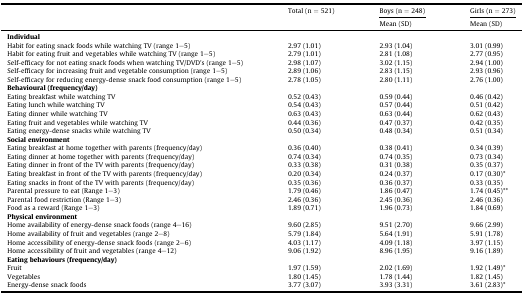
<table><thead><tr><td rowspan="2"></td><td rowspan="2"><b>Total (n = 521)</b></td><td><b>Boys (n = 248)</b></td><td><b>Girls (n = 273)</b></td></tr><tr><td><b>Mean (SD)</b></td><td><b>Mean (SD)</b></td></tr></thead><tbody><tr><td colspan="4"><b>Individual</b></td></tr><tr><td>Habit for eating snack foods while watching TV (range 1–5)</td><td>2.97 (1.01)</td><td>2.93 (1.04)</td><td>3.01 (0.99)</td></tr><tr><td>Habit for eating fruit and vegetables while watching TV (range 1–5)</td><td>2.79 (1.01)</td><td>2.81 (1.08)</td><td>2.77 (0.95)</td></tr><tr><td>Self-efficacy for not eating snack foods when watching TV/DVD&#x27;s (range 1–5)</td><td>2.98 (1.07)</td><td>3.02 (1.15)</td><td>2.94 (1.00)</td></tr><tr><td>Self-efficacy for increasing fruit and vegetable consumption (range 1–5)</td><td>2.89 (1.06)</td><td>2.83 (1.15)</td><td>2.93 (0.96)</td></tr><tr><td>Self-efficacy for reducing energy-dense snack food consumption (range 1–5)</td><td>2.78 (1.05)</td><td>2.80 (1.11)</td><td>2.76 (1.00)</td></tr><tr><td colspan="4"><b>Behavioural (frequency/day)</b></td></tr><tr><td>Eating breakfast while watching TV</td><td>0.52 (0.43)</td><td>0.59 (0.44)</td><td>0.46 (0.42)</td></tr><tr><td>Eating lunch while watching TV</td><td>0.54 (0.43)</td><td>0.57 (0.44)</td><td>0.51 (0.42)</td></tr><tr><td>Eating dinner while watching TV</td><td>0.63 (0.43)</td><td>0.63 (0.44)</td><td>0.62 (0.43)</td></tr><tr><td>Eating fruit and vegetables while watching TV</td><td>0.44 (0.36)</td><td>0.47 (0.37)</td><td>0.42 (0.35)</td></tr><tr><td>Eating energy-dense snacks while watching TV</td><td>0.50 (0.34)</td><td>0.48 (0.34)</td><td>0.51 (0.34)</td></tr><tr><td colspan="4"><b>Social environment</b></td></tr><tr><td>Eating breakfast at home together with parents (frequency/day)</td><td>0.36 (0.40)</td><td>0.38 (0.41)</td><td>0.34 (0.39)</td></tr><tr><td>Eating dinner at home together with parents (frequency/day)</td><td>0.74 (0.34)</td><td>0.74 (0.35)</td><td>0.73 (0.34)</td></tr><tr><td>Eating dinner in front of the TV with parents (frequency/day)</td><td>0.33 (0.38)</td><td>0.31 (0.38)</td><td>0.35 (0.37)</td></tr><tr><td>Eating breakfast in front of the TV with parents (frequency/day)</td><td>0.20 (0.34)</td><td>0.24 (0.37)</td><td>0.17 (0.30)*</td></tr><tr><td>Eating snacks in front of the TV with parents (frequency/day)</td><td>0.35 (0.36)</td><td>0.36 (0.37)</td><td>0.33 (0.35)</td></tr><tr><td>Parental pressure to eat (Range 1–3)</td><td>1.79 (0.46)</td><td>1.86 (0.47)</td><td>1.74 (0.45)**</td></tr><tr><td>Parental food restriction (Range 1–3)</td><td>2.46 (0.36)</td><td>2.45 (0.36)</td><td>2.46 (0.36)</td></tr><tr><td>Food as a reward (Range 1–3)</td><td>1.89 (0.71)</td><td>1.96 (0.73)</td><td>1.84 (0.69)</td></tr><tr><td colspan="4"><b>Physical environment</b></td></tr><tr><td>Home availability of energy-dense snack foods (range 4–16)</td><td>9.60 (2.85)</td><td>9.51 (2.70)</td><td>9.66 (2.99)</td></tr><tr><td>Home availability of fruit and vegetables (range 2–8)</td><td>5.79 (1.84)</td><td>5.64 (1.91)</td><td>5.91 (1.78)</td></tr><tr><td>Home accessibility of energy-dense snack foods (range 2–6)</td><td>4.03 (1.17)</td><td>4.09 (1.18)</td><td>3.97 (1.15)</td></tr><tr><td>Home accessibility of fruit and vegetables (range 4–12)</td><td>9.06 (1.92)</td><td>8.96 (1.95)</td><td>9.16 (1.89)</td></tr><tr><td colspan="4"><b>Eating behaviours (frequency/day)</b></td></tr><tr><td>Fruit</td><td>1.97 (1.59)</td><td>2.02 (1.69)</td><td>1.92 (1.49)*</td></tr><tr><td>Vegetables</td><td>1.80 (1.45)</td><td>1.78 (1.44)</td><td>1.82 (1.45)</td></tr><tr><td>Energy-dense snack foods</td><td>3.77 (3.07)</td><td>3.93 (3.31)</td><td>3.61 (2.83)*</td></tr></tbody></table>